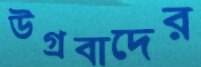
উগ্রবাদের